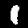
Label: 1